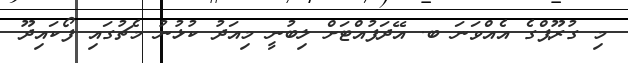
މި ގުރޫޕްގެ އެއްވަނަ ބ. އޭދަފުއްޓަށް ލިބުނީ މިއަދު ކުޅުނު މެޗުގައި ފޯކައިދޫ